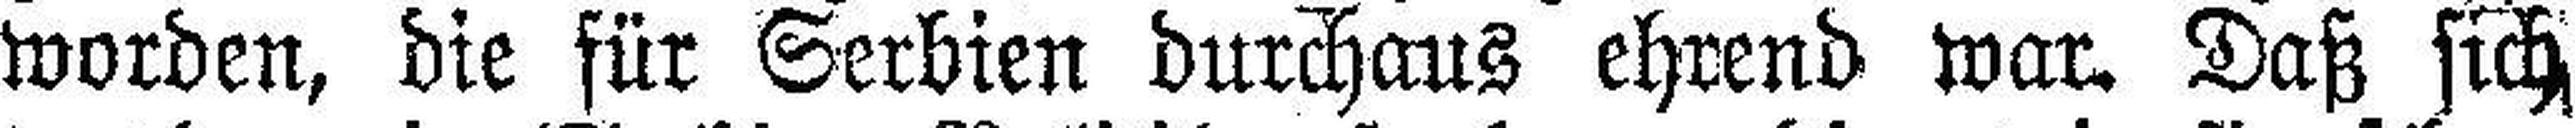
worden, die für Serbien durchaus ehrend war. Daß sich